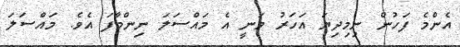
އެންމެ ފަހުން ނިމިދިޔަ އަހަރު ވަނީ އެ މައްސަލަ ނިންމާފަ އެވެ. މައްސަލަ